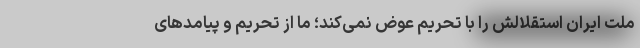
ملت ایران استقلالش را با تحریم عوض نمی‌کند؛ ما از تحریم و پیامدهای